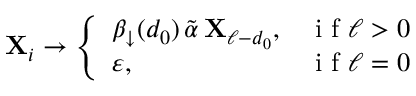
\mathbf { X } _ { i } \to \left\{ \begin{array} { l l } { \beta _ { \downarrow } ( d _ { 0 } ) \, \tilde { \alpha } \, \mathbf { X } _ { \ell - d _ { 0 } } , } & { \mathrm { ~ i ~ f ~ } \ell > 0 } \\ { \varepsilon , } & { \mathrm { ~ i ~ f ~ } \ell = 0 } \end{array} \right.